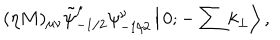
LaTeX: ( \eta M ) _ { \mu \nu } \tilde { \psi } _ { - 1 / 2 } ^ { \mu } \psi _ { - 1 / 2 } ^ { \nu } \left| \, 0 ; - \sum k _ { \perp } \right> ,